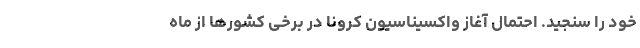
خود را سنجید. احتمال آغاز واکسیناسیون کرونا در برخی کشورها از ماه